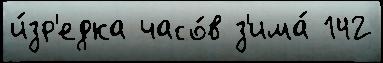
и́зр'едка часо́в з'има́ 142